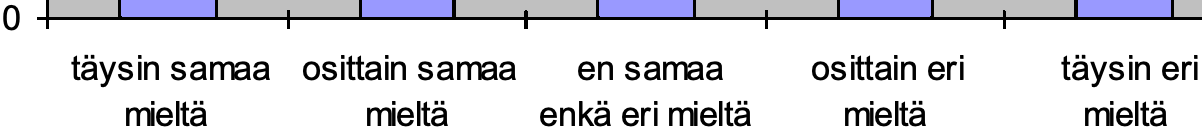
0 täysin samaa osittain samaa en samaa osittain eri täysin eri mieltä  mieltä enkä eri mieltä mieltä mieltä